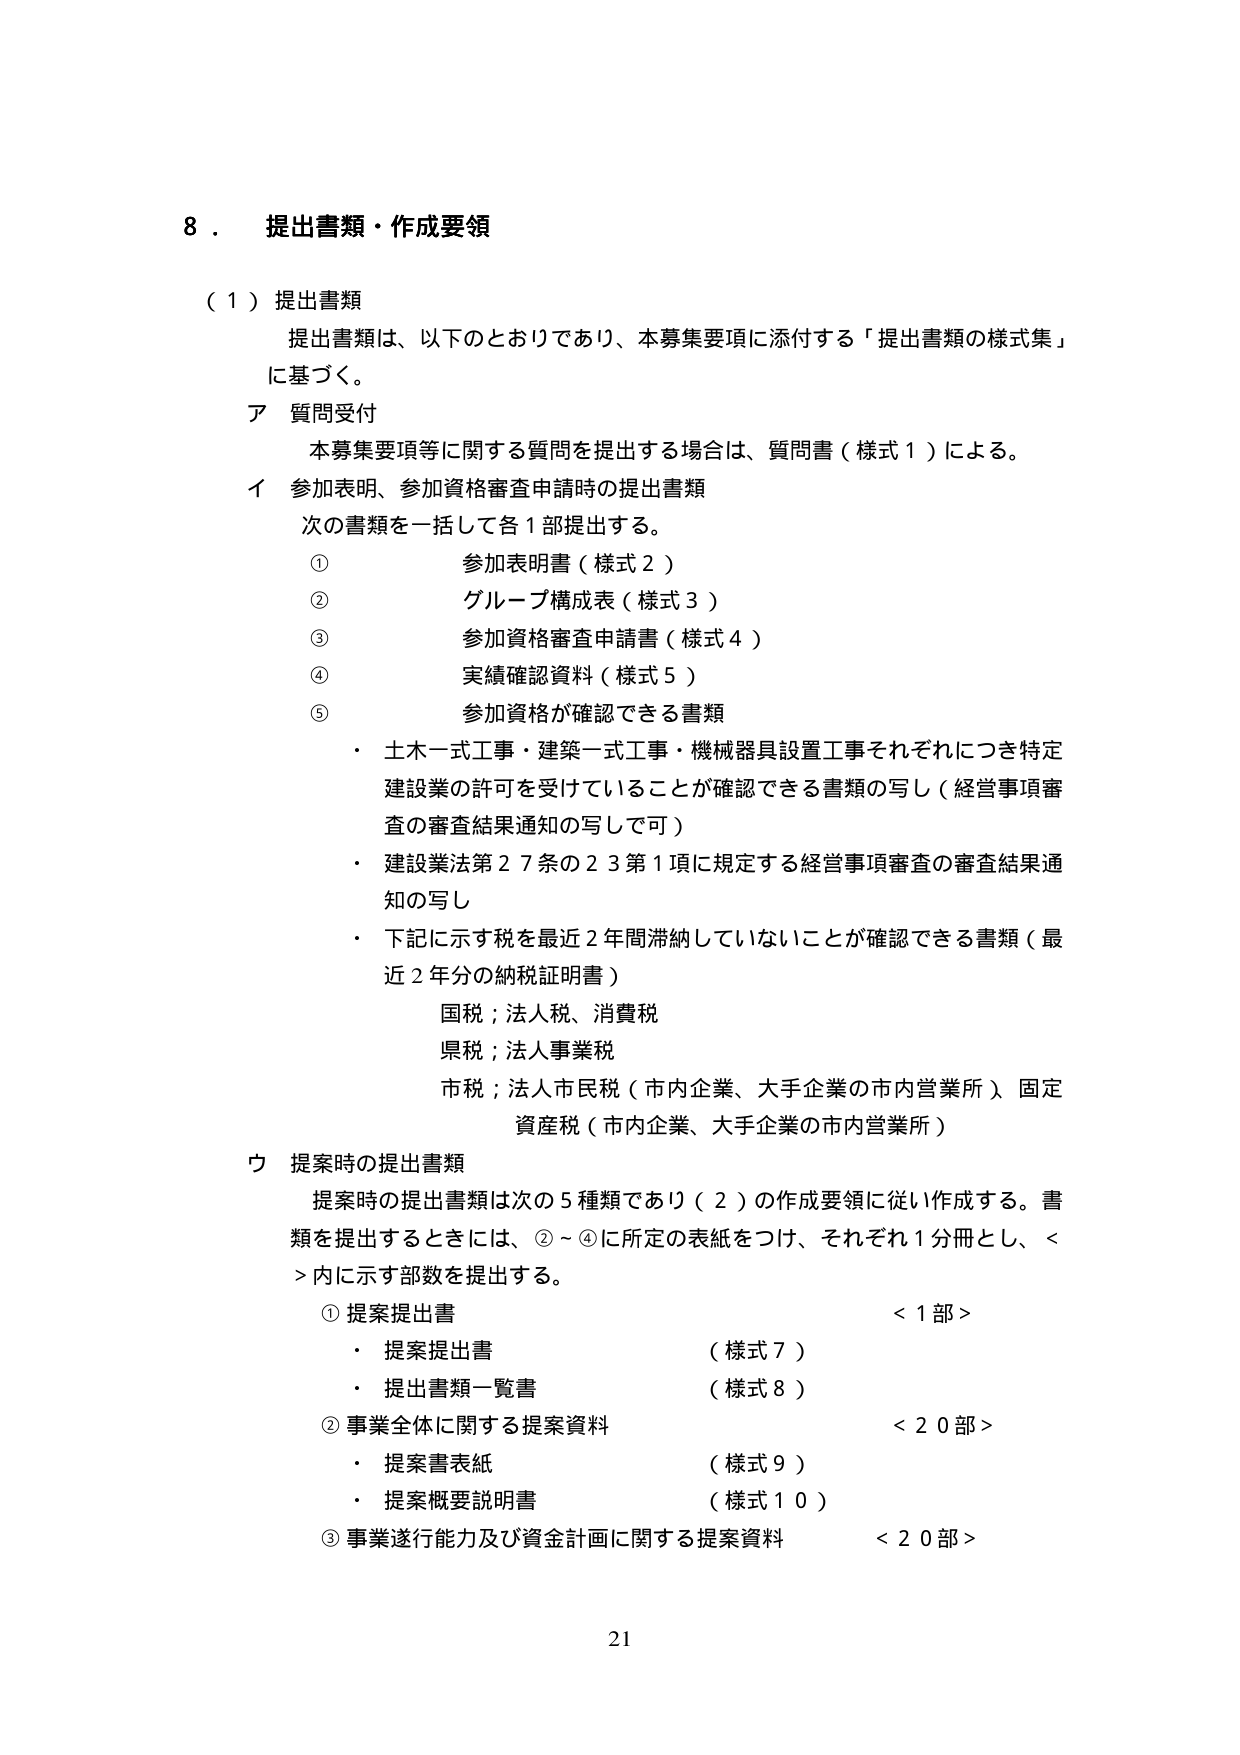
8．提出書類・作成要領

（1）提出書類
提出書類は、以下のとおりであり、本募集要項に添付する「提出書類の様式集」に基づく。

ア 質問受付
本募集要項等に関する質問を提出する場合は、質問書（様式1）による。

イ 参加表明、参加資格審査申請時の提出書類
次の書類を一括して各1部提出する。
① 参加表明書（様式2）
② グループ構成表（様式3）
③ 参加資格審査申請書（様式4）
④ 実績確認資料（様式5）
⑤ 参加資格が確認できる書類
・土木一式工事・建築一式工事・機械器具設置工事それぞれにつき特定建設業の許可を受けていることが確認できる書類の写し（経営事項審査の審査結果通知の写しで可）
・建設業法第27条の23第1項に規定する経営事項審査の審査結果通知の写し
・下記に示す税を最近2年間滞納していないことが確認できる書類（最近2年分の納税証明書）
　国税；法人税、消費税
　県税；法人事業税
　市税；法人市民税（市内企業、大手企業の市内営業所）、固定資産税（市内企業、大手企業の市内営業所）

ウ 提案時の提出書類
提案時の提出書類は次の5種類であり（2）の作成要領に従い作成する。書類を提出するときには、②～④に所定の表紙をつけ、それぞれ1分冊とし、<>内に示す部数を提出する。
① 提案提出書 <1部>
　・提案提出書 （様式7）
　・提出書類一覧書 （様式8）
② 事業全体に関する提案資料 <20部>
　・提案書表紙 （様式9）
　・提案概要説明書 （様式10）
③ 事業遂行能力及び資金計画に関する提案資料 <20部>

21